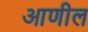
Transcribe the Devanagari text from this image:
आणील